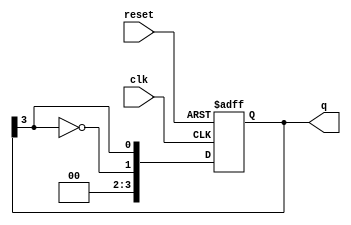
module johnson_counter #(
    parameter N = 4  // Number of flip-flops
) (
    input wire clk,     // Clock input
    input wire reset,   // Asynchronous reset
    output reg [N-1:0] q // Output of the counter
);

    // Sequential logic for the Johnson counter
    always @(posedge clk or posedge reset) begin
        if (reset) begin
            q <= 0; // Reset all flip-flops to 0
        end else begin
            // Shift the current state and feedback the inverted last flip-flop
            q <= {~q[N-1], q[N-1:N-1]}; // Invert the last flip-flop and shift
        end
    end

endmodule